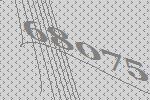
68075